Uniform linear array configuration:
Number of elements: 48
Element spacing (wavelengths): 1
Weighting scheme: hamming
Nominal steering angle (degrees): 30
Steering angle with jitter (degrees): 31.896
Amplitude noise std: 0.05
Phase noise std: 0.05

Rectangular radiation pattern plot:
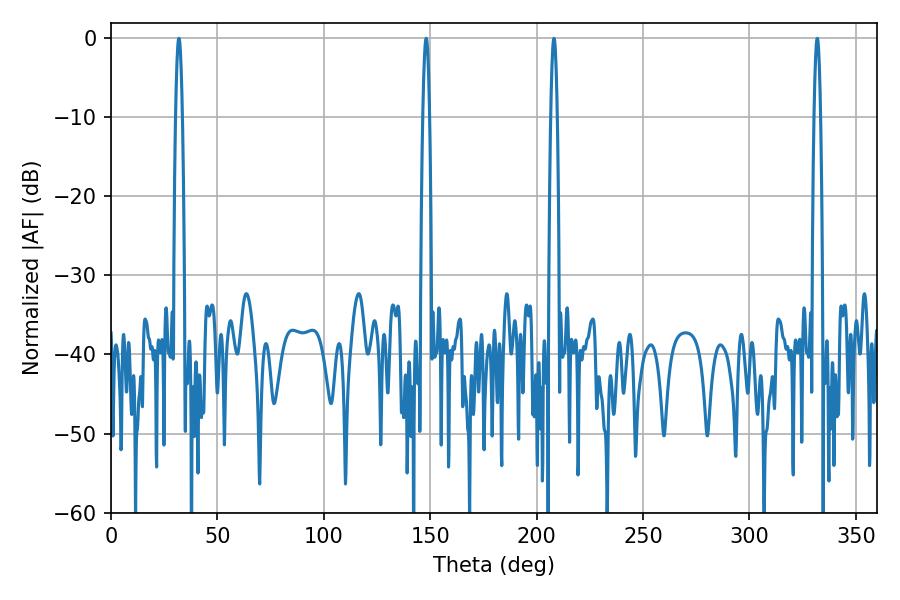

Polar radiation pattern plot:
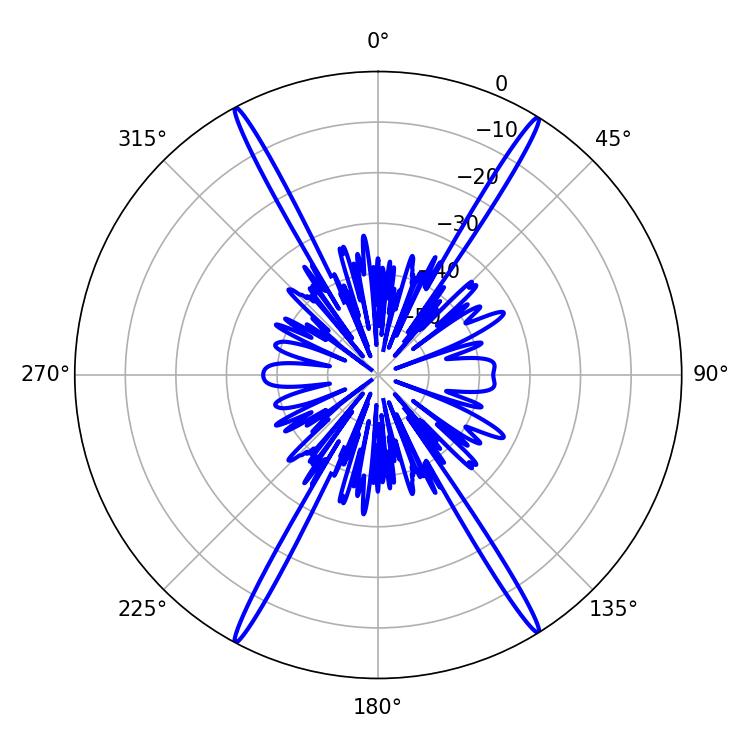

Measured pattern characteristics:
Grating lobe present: TRUE
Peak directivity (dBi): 25.898
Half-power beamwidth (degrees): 1.62
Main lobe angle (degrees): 31.86